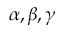
\alpha , \beta , \gamma